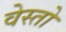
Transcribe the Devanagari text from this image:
वेस्तो